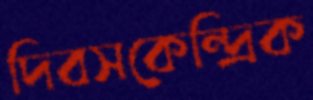
দিবসকেন্দ্রিক